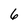
Character: 6